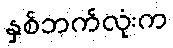
နှစ်ဘက်လုံးက